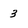
Character: 3